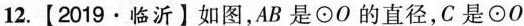
12.【2019·临沂】如图，AB是⊙O的直径，C是⊙O